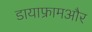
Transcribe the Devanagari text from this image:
डायाफ्रामऔर